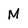
Character: M